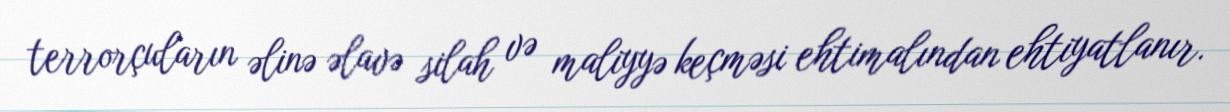
terrorçuların əlinə əlavə silah və maliyyə keçməsi ehtimalından ehtiyatlanır.